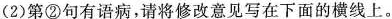
(2)第②句有语病，请将修改意见写在下面的横线上。